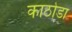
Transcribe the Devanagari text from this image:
काठोडा